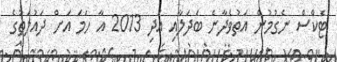
ޓެކްސް ނެގުމުން އަތުވެދާނެ ބަދަލާއި އަދި 2013 އާ ހަމަ އަށް ދައުލަތުގެ